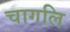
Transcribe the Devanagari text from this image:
चागलि